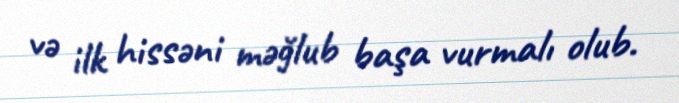
və ilk hissəni məğlub başa vurmalı olub.